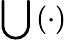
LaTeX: \bigcup\left(\cdot\right)